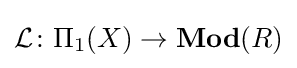
{\mathcal {L}}\colon \Pi _{1}(X)\to {\textbf {Mod}}(R)